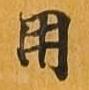
用